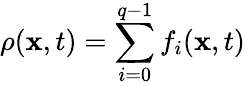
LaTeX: \rho(\mathbf{x},t)=\sum_{i=0}^{q-1}f_{i}(\mathbf{x},t)